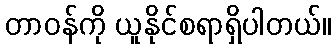
တာဝန်ကို ယူနိုင်စရာရှိပါတယ်။